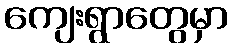
ကျေးရွာတွေမှာ